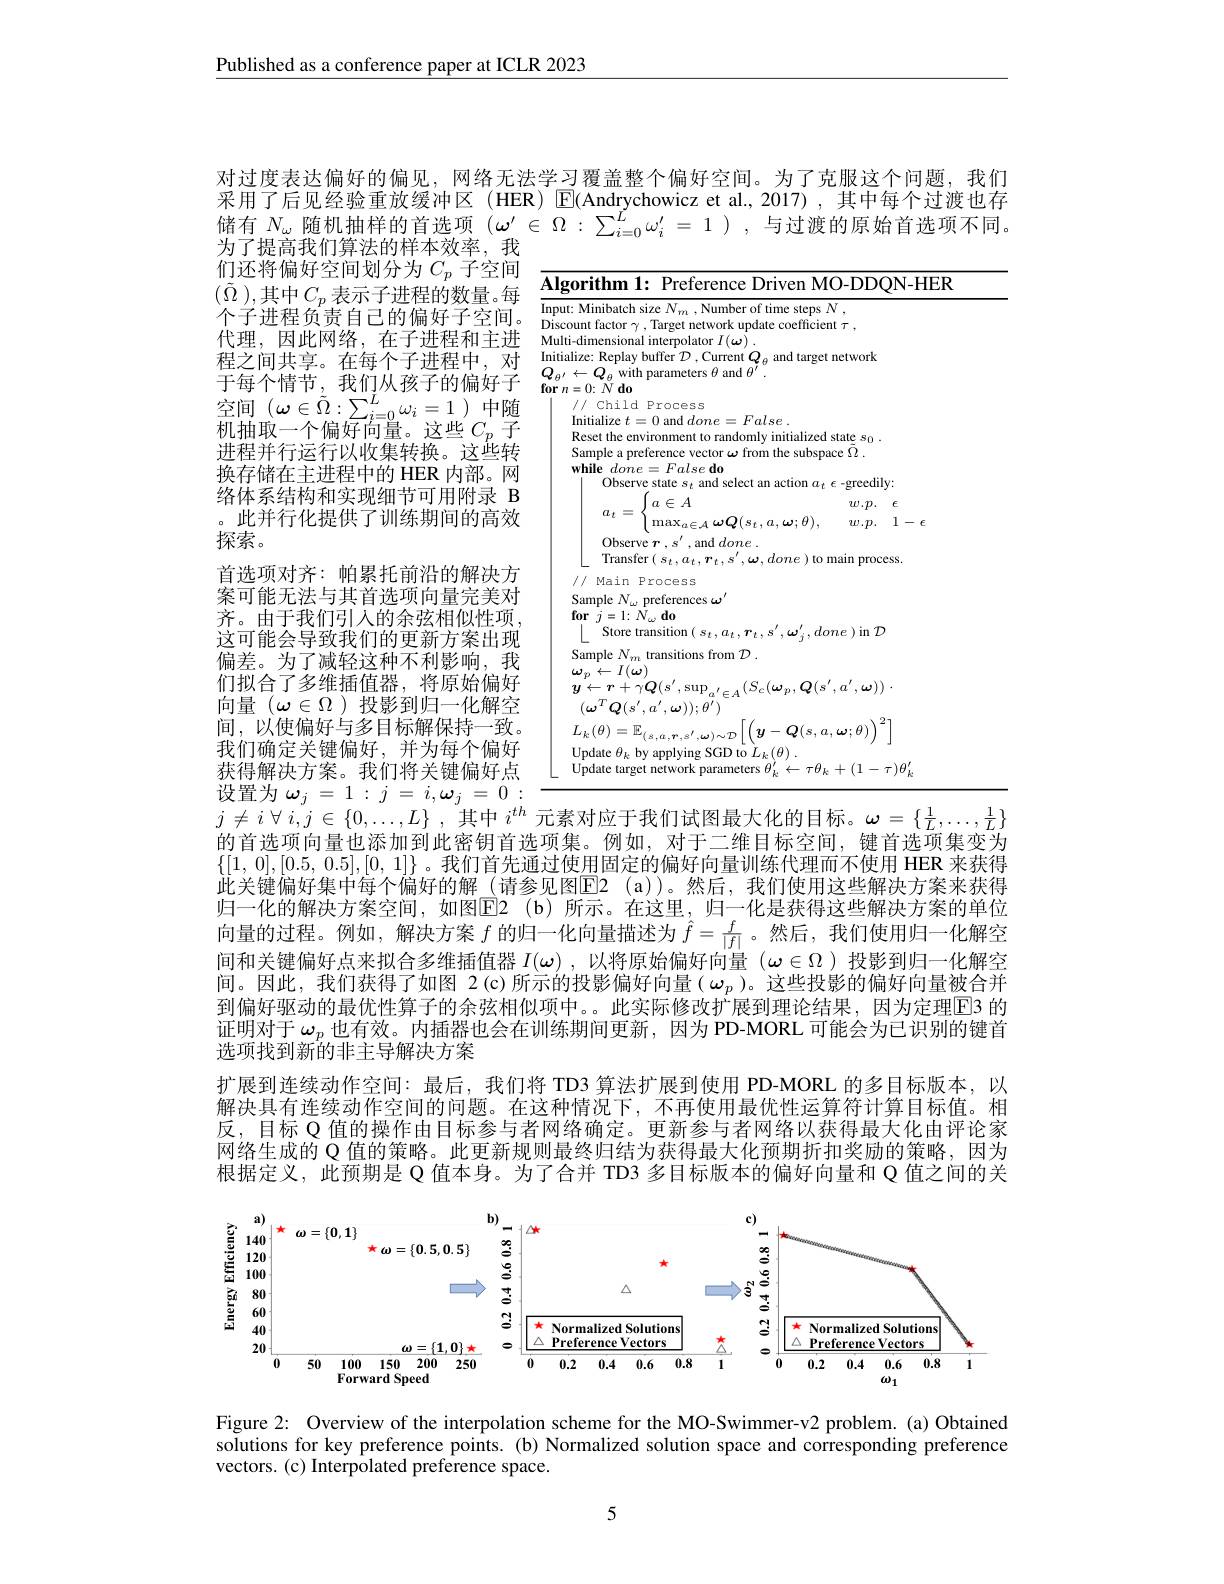
Published as a conference paper at ICLR 2023

对过度表达偏好的偏见，网络无法学习覆盖整个偏好空间。为了克服这个问题，我们采用了后见经验重放缓冲区 (HER) $\operatorname{E}($Andrychowicz et al.,2017),其中每个过渡也存储有$N_\omega$随机抽样的首选项$(\omega^\prime\in\Omega:\sum_{i=0}^L\omega_i^{\prime}=1)$,与过渡的原始首选项不同。为了提高我们算法的样本效率，我

们还将偏好空间划分为$C_p$子空间$(\tilde{\Omega})$,其中$C_p$表示子进程的数量。每个子进程负责自己的偏好子空间。代理，因此网络，在子进程和主进程之间共享。在每个子进程中，对于每个情节，我们从孩子的偏好子空间($\omega\in\tilde{\Omega}:\sum_{i=0}^{L}\omega_{i}=1)中随$ 机抽取一个偏好向量。这些$C_p$子进程并行运行以收集转换。这些转换存储在主进程中的 HER 内部。网络体系结构和实现细节可用附录 B 。此并行化提供了训练期间的高效探索。
首选项对齐：帕累托前沿的解决方案可能无法与其首选项向量完美对齐。由于我们引入的余弦相似性项， 这可能会导致我们的更新方案出现偏差。为了减轻这种不利影响，我们拟合了多维插值器，将原始偏好向量$(\omega\in\Omega$ )投影到归一化解空间，以使偏好与多目标解保持一致。我们确定关键偏好，并为每个偏好获得解决方案。我们将关键偏好点设置为$\omega_j=1:j=i,\omega_j=0:$

<FigureHere>

$j\neq i\forall i,j\in\{0,\ldots,L\}$ ,其中$i^th$
对应于我们试图最大化的目标。$\omega=\{\frac1L,\ldots,\frac1L\}$
的首选项向量也添加到此密钥首选项集。例如，对于二维目标空间，键首选项集变为$\{[1,0],[0.5,0.5],[0,1]\}$。我们首先通过使用固定的偏好向量训练代理而不使用 HER 来获得此关键偏好集中每个偏好的解 (请参见图E2 ( a) )。然后，我们使用这些解决方案来获得归一化的解决方案空间，如图$\boxed{\mathrm{E} }2$ $( \mathfrak{b} )$ 所示。在这里，归一化是获得这些解决方案的单位向量的过程。例如，解决方案$f$的归一化向量描述为$\hat{f}=\frac f{|f|}$。然后，我们使用归一化解空间和关键偏好点来拟合多维插值器$I(\omega)$,以将原始偏好向量$(\omega\in\Omega)$投影到归一化解空间。因此，我们获得了如图 2(c)所示的投影偏好向量( $\omega_p$ )。这些投影的偏好向量被合并到偏好驱动的最优性算子的余弦相似项中。。此实际修改扩展到理论结果，因为定理$\overline{\mathrm{E}}$3 的证明对于$\omega_p$也有效。内插器也会在训练期间更新，因为 PD-MORL 可能会为已识别的键首选项找到新的非主导解决方案
扩展到连续动作空间：最后，我们将 TD3 算法扩展到使用 PD-MORL 的多目标版本，以解决具有连续动作空间的问题。在这种情况下，不再使用最优性运算符计算目标值。相反，目标 Q 值的操作由目标参与者网络确定。更新参与者网络以获得最大化由评论家网络生成的 Q 值的策略。此更新规则最终归结为获得最大化预期折扣奖励的策略，因为根据定义，此预期是 Q 值本身。为了合并 TD3 多目标版本的偏好向量和 Q 值之间的关

<FigureHere>

Figure 2: Overview of the interpolation scheme for the MO-Swimmer-v2 problem.(a) Obtained solutions for key preference points. (b) Normalized solution space and corresponding preference vectors. (c) Interpolated preference space.

5